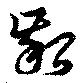
齠